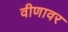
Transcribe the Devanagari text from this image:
वीणावर